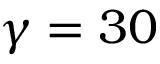
\gamma = 3 0